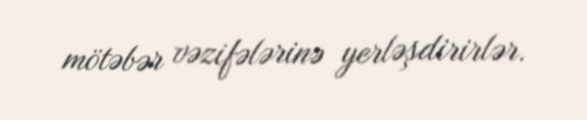
mötəbər vəzifələrinə yerləşdirirlər.